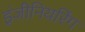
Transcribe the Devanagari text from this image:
इंजीनियरिंग